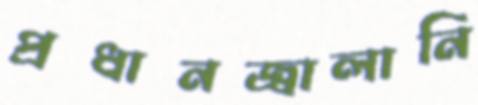
প্রধানজ্বালানি